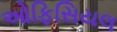
ઓફિસિયલ